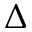
\Delta